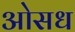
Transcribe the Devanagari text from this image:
ओसध